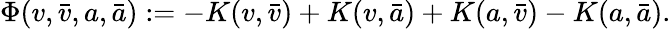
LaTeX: \Phi(v,\bar{v},a,\bar{a}):=-K(v,\bar{v})+K(v,\bar{a})+K(a,\bar{v})-K(a,\bar{a}).